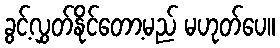
ခွင့်လွှတ်နိုင်တော့မည် မဟုတ်ပေ။